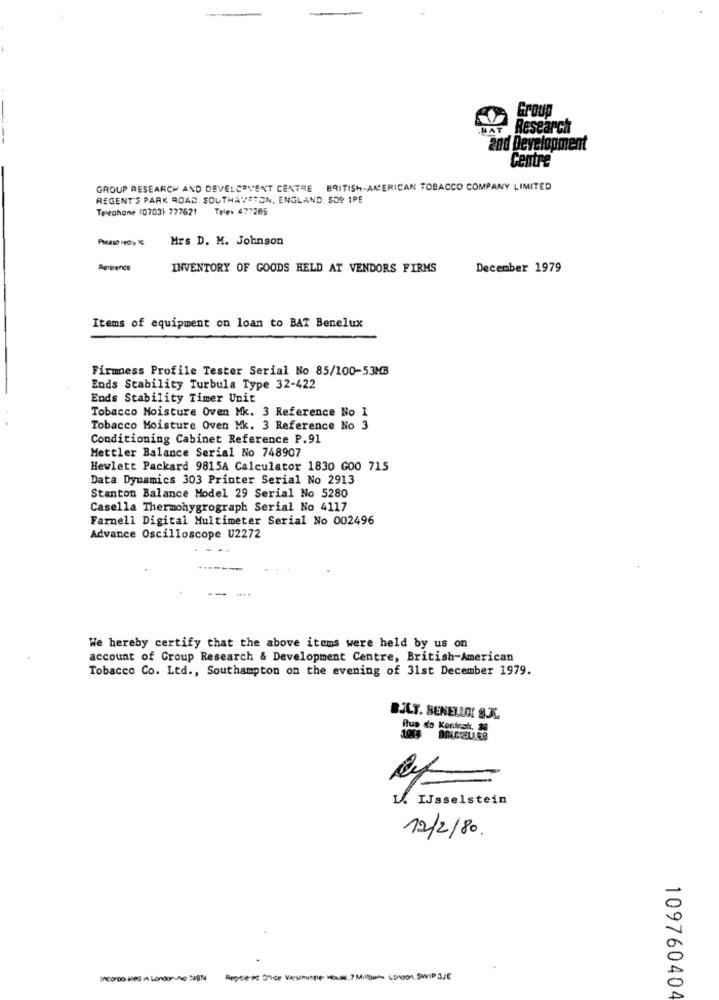
Group
MAT
Research
and Development
Centre
GROUP RESEARCH AND DEVELOPMENT CENTRE BRITISH-AMERICAN TOBACCO COMPANY LIMITED
REGENT'S PARK ROAD, SOUTHAVSTON, ENGLAND. SOP 1PE
Telephone 10703) 777621 Tele. 477265
Please nedyy IC
Mrs D. M. Johnson
Reference
INVENTORY OF GOODS HELD AT VENDORS FIRMS
December 1979
Items of equipment on loan to BAT Benelux
Firmness Profile Tester Serial No 85/100-53MB
Ends Stability Turbula Type 32-422
Ends Stability Timer Unit
Tobacco Moisture Oven Mk. 3 Reference No 1
Tobacco Moisture Oven Mk. 3 Reference No 3
Conditioning Cabinet Reference P.91
Mettler Balance Serial No 748907
Hewlett Packard 9815A Calculator 1830 G00 715
Data Dynamics 303 Printer Serial No 2913
Stanton Balance Model 29 Serial No 5280
Casella Thermohygrograph Serial No 4117
Farnell Digital Multimeter Serial No 002496
Advance Oscilloscope U2272
We hereby certify that the above items were held by us on
account of Group Research & Development Centre, British-American
Tobacco Co. Ltd ., Southampton on the evening of 31st December 1979.
BJLT. SENELLA S.A.
L. IJsselstein
12/2/80
IncorDo aled In London-No 34974
Regele-Pc Dlike Versitutie House, 7 Milban London. SwiP 3JE
109760404